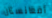
أفغانستان